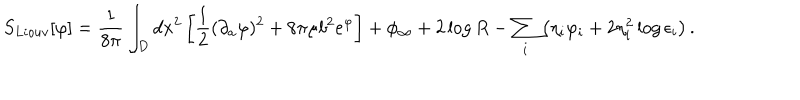
S _ { L i o u v } [ \varphi ] = { \frac { 1 } { 8 \pi } } \int _ { D } d x ^ { 2 } \left[ { \frac { 1 } { 2 } } ( \partial _ { a } \varphi ) ^ { 2 } + 8 \pi \mu b ^ { 2 } e ^ { \varphi } \right] + \phi _ { \infty } + 2 \log { R } - \sum _ { i } \left( \eta _ { i } \varphi _ { i } + 2 \eta _ { i } ^ { 2 } \log { \epsilon _ { i } } \right) .